Vaccination Hyderabad 1872-1889 - 1872-1889
Year: 1872
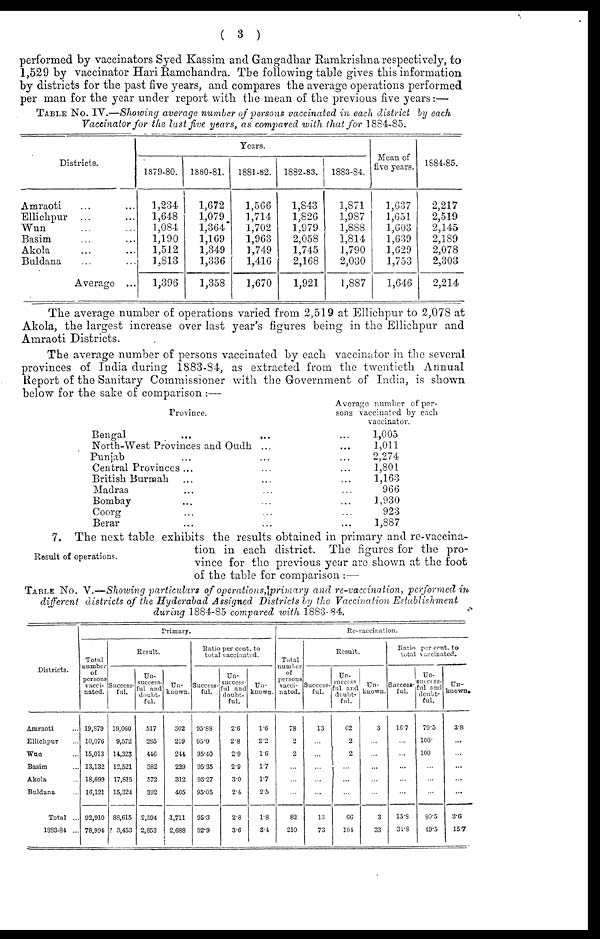
( 3 )
performed by vaccinators Syed Kassim and Gangadhar Ramkrishna respectively, to
1,529 by vaccinator Hari Ramchandra. The following table gives this information
by districts for the past five years, and compares the average operations performed
per man for the year under report with the mean of the previous five years:—
TABLE No. IV.—Showing average number of persons vaccinated in each district by each
Vaccinator for the last five years, as compared with that for 1884-85.
Districts.
Amraoti ... ...
Ellichpur ... ...
Wun ... ...
Basim ... ...
Akola ... ...
Buldana ... ...
Average ...
Years.
1879-80.
1,234
1,648
1,084
1,190
1,512
1,813
1,396
1880-81.
1,672
1,079
1,364
1,169
1,349
1,336
1,358
1881-82.
1,566
1,714
1,702
1,963
1,749
1,416
1,670
1882-83.
1,843
1,826
1,979
2,058
1,745
2,168
1,921
1883-84.
1,871
1,987
1,888
1,814
1,790
2,030
1,887
Mean of
five years.
1,637
1,651
1,603
1,639
1,629
1,753
1,646
1884-85.
2,217
2,519
2,145
2,189
2,078
2,303
2,214
The average number of operations varied from 2,519 at Ellichpur to 2,078 at
Akola, the largest increase over last year's figures being in the Ellichpur and
Amraoti Districts.
The average number of persons vaccinated by each vaccinator in the several
provinces of India during 1883-84, as extracted from the twentieth Annual
Report of the Sanitary Commissioner with the Government of India, is shown
below for the sake of comparison :—
Province.
Bengal
...
... ...
North-West Provinces and Oudh ... ...
Punjab ... ... ...
Central Provinces ... ... ...
British Burmah ... ... ...
Madras ... ... ...
Bombay ... ... ...
Coorg ... ... ...
Berar ... ... ...
Average number of per-
sons vaccinated by each
vaccinator.
1,005
1,011
2,274
1,801
1,163
966
1,930
923
1,887
Result of operations.
7. The next table exhibits the results obtained in primary and re-vaccina-
tion in each district. The figures for the pro-
vince for the previous year are shown at the foot
of the table for comparison :—
TABLE No. V.—Showing particulars of operations, primary and re-vaccination, performed in-
different districts of the Hyderabad Assigned Districts by the Vaccination Establishment
during 1884-85 compared with 1883-84.
Districts.
Amraoti ...
Ellichpur ...
Wun ...
Basim ...
Akola ...
Buldana ...
Total ...
1883-84 ...
Primary.
Total
number
of
persons
vacci¬
nated.
19,879
10,076
15,013
13,132
18,699
16,121
92,910
78,994
Result.
Success-
ful.
19,060
9,572
14,323
12,521
17,815
15,324
88,615
3,453
Un¬
success¬
ful and
doubt-
ful.
517
285
446
382
572
392
2,594
2,853
Un-
known.
302
219
244
229
312
405
1,711
2,688
Ratio per cent. to
total vaccinated.
Success-
ful.
95.88
95.0
95.40
95.35
95.27
95.05
95.3
92.9
Un-
success-
ful and
doubt-
ful.
2.6
2.8
2.9
2.9
3.0
2.4
2.8
3.6
Un-
known.
1.6
2.2
1.6
1.7
1.7
2.5
1.8
3.4
Re-vaccination.
Total
number
of
persons
vacci¬
nated.
78
2
2
...
...
...
82
210
Result.
Success-
ful.
13
...
...
...
...
...
13
73
Un¬
succcss
ful and
doubt-
ful.
62
2
2
...
...
...
66
104
Un-
known.
3
...
...
...
...
...
3
33
Ratio per cent. to
total vaccinated.
Success-
ful.
16.7
...
...
...
...
...
15.3
34.8
Un¬
success¬
ful and
doubt-
ful.
79.5
100.
100
...
...
...
80.5
49.5
Un-
known.
3.8
...
...
...
...
...
3.6
15.7